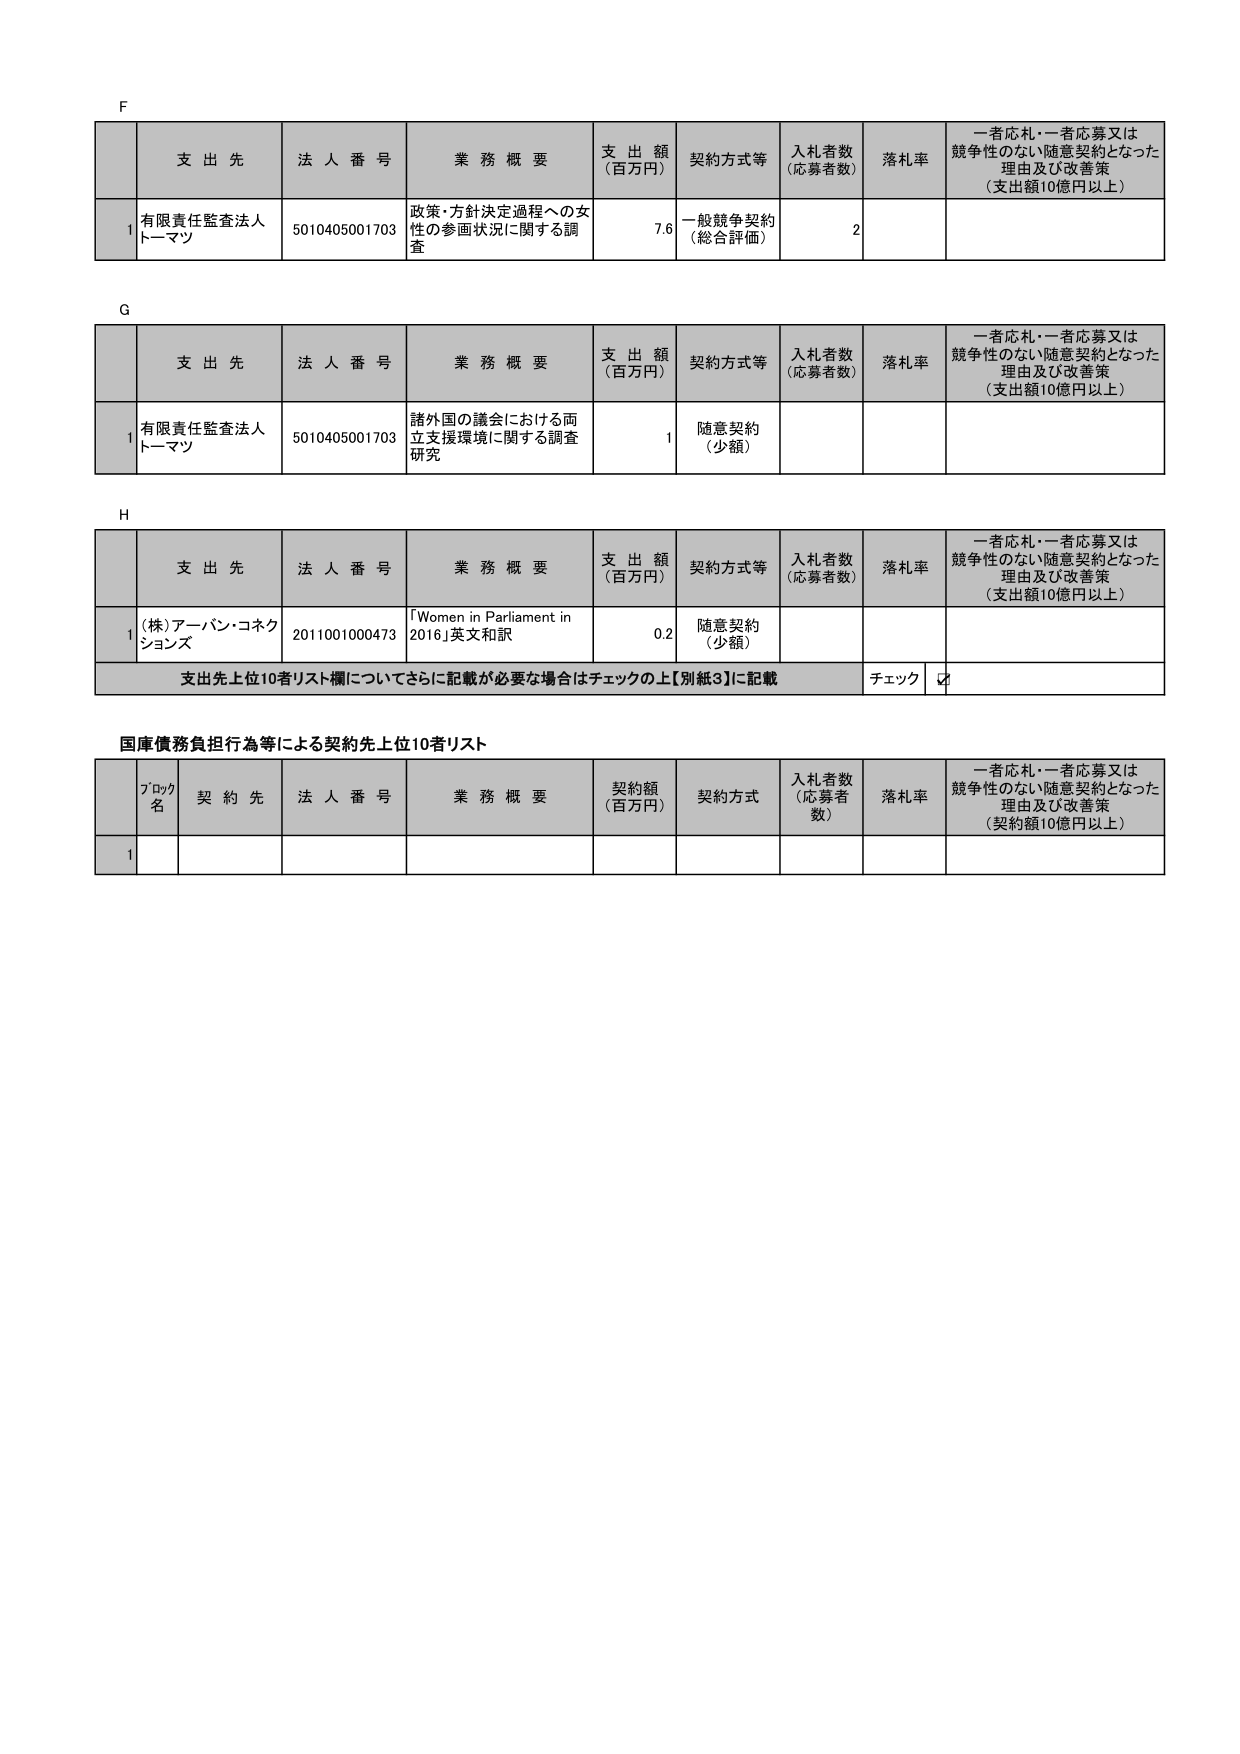
F

支出先 法人番号 業務概要 支出額 （百万円） 契約方式等 入札者数 （応募者数） 落札率 一者応札・一者応募又は競争性のない随意契約となった理由及び改善策 （支出額10億円以上）

1 有限責任監査法人 トーマツ 5010405001703 政策・方針決定過程への女性の参画状況に関する調査 7.6 一般競争契約 （総合評価） 2

G

支出先 法人番号 業務概要 支出額 （百万円） 契約方式等 入札者数 （応募者数） 落札率 一者応札・一者応募又は競争性のない随意契約となった理由及び改善策 （支出額10億円以上）

1 有限責任監査法人 トーマツ 5010405001703 諸外国の議会における両立支援環境に関する調査研究 1 随意契約 （少額）

H

支出先 法人番号 業務概要 支出額 （百万円） 契約方式等 入札者数 （応募者数） 落札率 一者応札・一者応募又は競争性のない随意契約となった理由及び改善策 （支出額10億円以上）

1 (株)アーバン・コネクションズ 2011001000473 「Women in Parliament in 2016」英文和訳 0.2 随意契約 （少額）

支出先上位10者リスト欄についてさらに記載が必要な場合はチェックの上【別紙3】に記載 チェック ☑

国庫債務負担行為等による契約先上位10者リスト

ブロック名 契約先 法人番号 業務概要 契約額 （百万円） 契約方式 入札者数 （応募者数） 落札率 一者応札・一者応募又は競争性のない随意契約となった理由及び改善策 （契約額10億円以上）

1